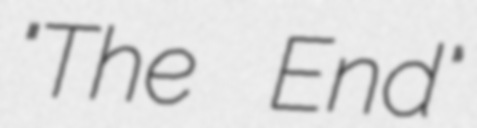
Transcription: "The End"